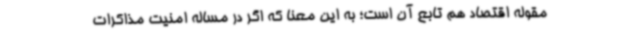
مقوله اقتصاد هم تابع آن است؛ به این معنا که اگر در مساله امنیت مذاکرات